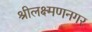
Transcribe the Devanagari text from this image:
श्रीलक्ष्मणनगर